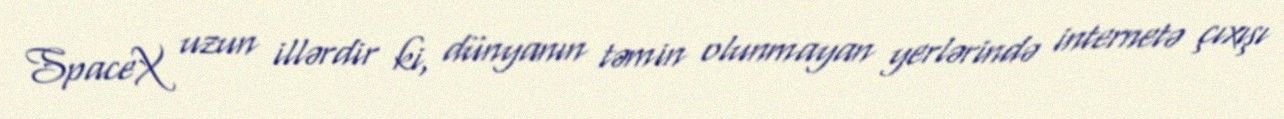
SpaceX uzun illərdir ki, dünyanın təmin olunmayan yerlərində internetə çıxışı